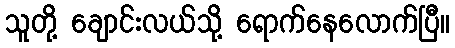
သူတို့ ချောင်းလယ်သို့ ရောက်နေလောက်ပြီ။